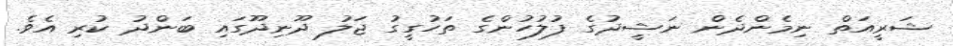
ޝަރީއަތް ނިމެންދެން ނަޝީދުގެ ފުލުުހުންގެ ތަހުގީގު ޖަލު ދޫނިދޫގައި ބަންދު ކުރި އެވެ.